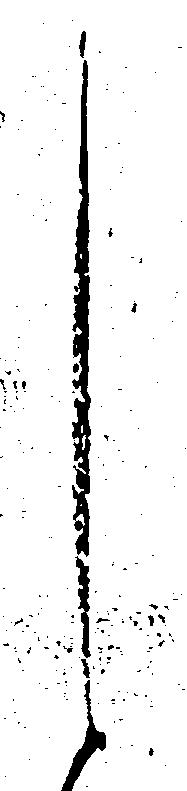
し